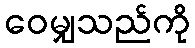
ဝေမျှသည်ကို